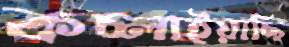
কচ্‌লাইয়াছি